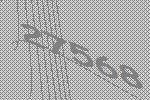
27568